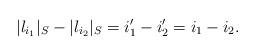
LaTeX: \begin{align*} \lvert l_{i_1} \rvert_S-\lvert l_{i_2} \rvert_S=i_1'-i_2'=i_1-i_2.\end{align*}